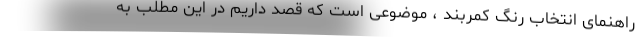
راهنمای انتخاب رنگ کمربند ، موضوعی است که قصد داریم در این مطلب به